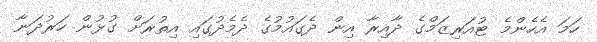
ހަމަ އެހެންމެ ޓުއަރިޒަމްގެ ދާއިރާ އިން ދެގައުމުގެ ދެމެދުގައި އިތުރަށް ގުޅުން ހަރުދަނާ